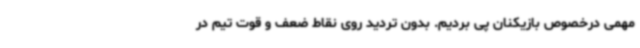
مهمی درخصوص بازیکنان پی بردیم. بدون تردید روی نقاط ضعف و قوت تیم در